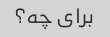
برای چه؟